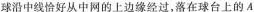
球沿中线恰好从中网的上边缘经过，落在球台上的A点，